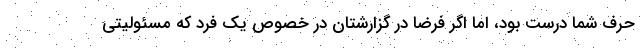
حرف شما درست بود، اما اگر فرضا در گزارشتان در خصوص یک فرد که مسئولیتی